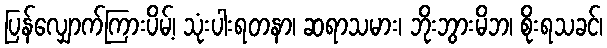
ပြန်လျှောက်ကြားပိမ့်၊ သုံးပါးရတနာ၊ ဆရာသမား၊ ဘိုးဘွားမိဘ၊ စိုးရသခင်၊